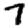
Digit: 7